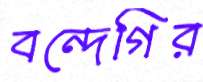
বন্দেগির